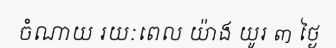
ចំណាយ រយៈពេល យ៉ាង យូរ ៣ ថ្ងៃ